Indian journal of veterinary science and animal husbandry - Volumes 22-23, 1952-1953
Year: 1952
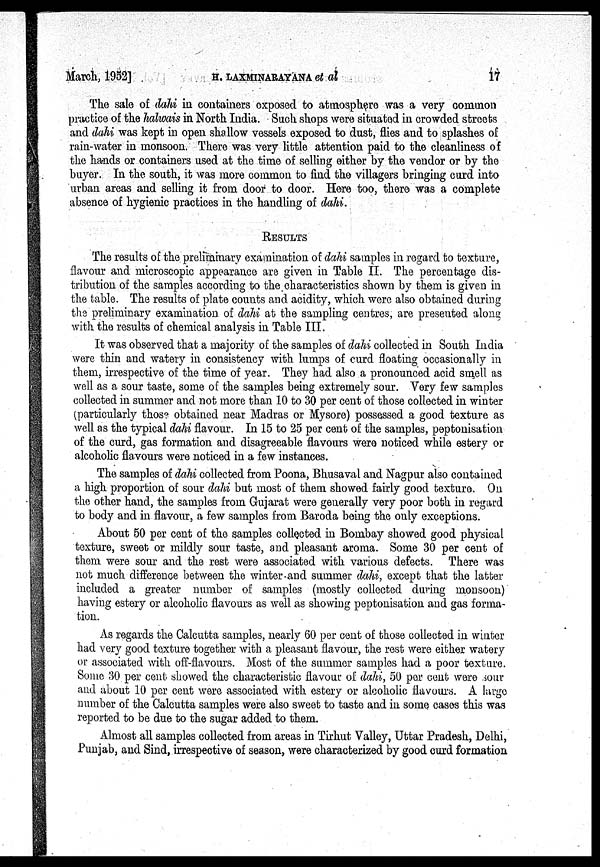
March, 1952] H. LAXMINARAYANA et
al
17
The sale of dahi in containers exposed to atmosphere was a very common
practice of the halwais in North India. Such shops were situated in crowded streets
and dahi was kept in open shallow vessels exposed to dust, flies and to splashes of
rain-water in monsoon. There was very little attention paid to the cleanliness of
the hands or containers used at the time of selling either by the vendor or by the
buyer. In the south, it was more common to find the villagers bringing curd into
urban areas and selling it from door to door. Here too, there was a complete
absence of hygienic practices in the handling of dahi.
RESULTS
The results of the preliminary examination of dahi samples in regard to texture,
flavour and microscopic appearance are given in Table II. The percentage dis-
tribution of the samples according to the characteristics shown by them is given in
the table. The results of plate counts and acidity, which were also obtained during
the preliminary examination of dahi at the sampling centres, are presented along
with the results of chemical analysis in Table III.
It was observed that a majority of the samples of dahi collected in South India
were thin and watery in consistency with lumps of curd floating occasionally in
them, irrespective of the time of year. They had also a pronounced acid smell as
well as a sour taste, some of the samples being extremely sour. Very few samples
collected in summer and not more than 10 to 30 per cent of those collected in winter
(particularly those obtained near Madras or Mysore) possessed a good texture as
well as the typical dahi flavour. In 15 to 25 per cent of the samples, peptonisation
of the curd, gas formation and disagreeable flavours were noticed while estery or
alcoholic flavours were noticed in a few instances.
The samples of dahi collected from Poona, Bhusaval and Nagpur also contained
a high proportion of sour dahi but most of them showed fairly good texture. On
the other hand, the samples from Gujarat were generally very poor both in regard
to body and in flavour, a few samples from Baroda being the only exceptions.
About 50 per cent of the samples collected in Bombay showed good physical
texture, sweet or mildly sour taste, and pleasant aroma. Some 30 per cent of
them were sour and the rest were associated with various defects. There was
not much difference between the winter and summer dahi, except that the latter
included a greater number of samples (mostly collected during monsoon)
having estery or alcoholic flavours as well as showing peptonisation and gas forma-
tion.
As regards the Calcutta samples, nearly 60 per cent of those collected in winter
had very good texture together with a pleasant flavour, the rest were either watery
or associated with off-flavours. Most of the summer samples had a poor texture.
Some 30 per cent showed the characteristic flavour of dahi, 50 per cent were sour
and about 10 per cent were associated with estery or alcoholic flavours. A large
number of the Calcutta samples were also sweet to taste and in some cases this was
reported to be due to the sugar added to them.
Almost all samples collected from areas in Tirhut Valley, Uttar Pradesh, Delhi,
Punjab, and Sind, irrespective of season, were characterized by good curd formation